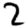
Digit: 2